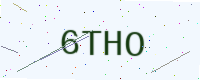
Text: 6THO